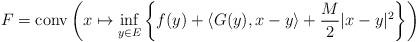
LaTeX: \begin{align*}F=\textrm{conv}\left(x\mapsto \inf_{y\in E}\left\{f(y)+\langle G(y), x-y\rangle+\frac{M}{2}|x-y|^2\right\}\right)\end{align*}